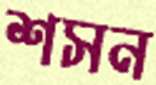
শসন